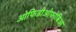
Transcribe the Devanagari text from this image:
ओफिडीओफोबिआ